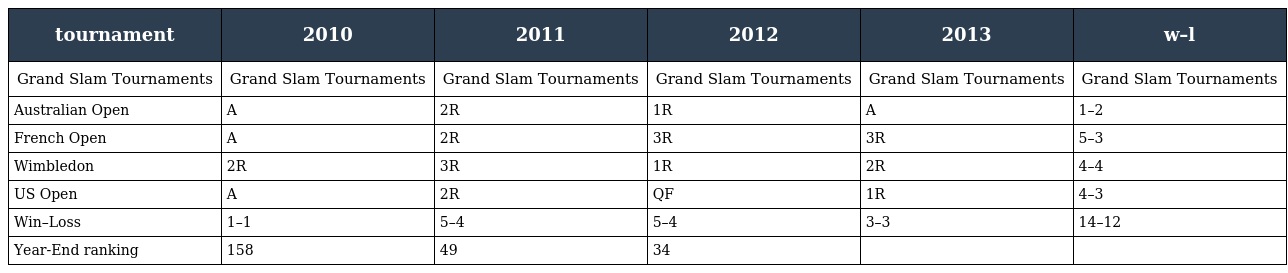
| tournament | 2010 | 2011 | 2012 | 2013 | w–l |
 | --- | --- | --- | --- | --- | --- |
 | Grand Slam Tournaments | Grand Slam Tournaments | Grand Slam Tournaments | Grand Slam Tournaments | Grand Slam Tournaments | Grand Slam Tournaments |
 | Australian Open | A | 2R | 1R | A | 1–2 |
 | French Open | A | 2R | 3R | 3R | 5–3 |
 | Wimbledon | 2R | 3R | 1R | 2R | 4–4 |
 | US Open | A | 2R | QF | 1R | 4–3 |
 | Win–Loss | 1–1 | 5–4 | 5–4 | 3–3 | 14–12 |
 | Year-End ranking | 158 | 49 | 34 |  |  |